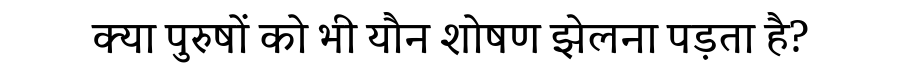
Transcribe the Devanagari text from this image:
क्या पुरुषों को भी यौन शोषण झेलना पड़ता है?